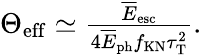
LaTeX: \begin{array}{r}{\Theta_{\mathrm{eff}}\simeq\frac{\overline{E}_{\mathrm{esc}}}{4\overline{E}_{\mathrm{ph}}f_{\mathrm{KN}}\tau_{\mathrm{T}}^{2}}.}\end{array}